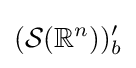
({\mathcal {S}}(\mathbb {R} ^{n}))'_{b}